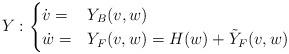
LaTeX: \begin{align*}Y:\begin{cases}\dot v = & Y_B (v, w) \\\dot w = & Y_F (v,w)= H(w) + \tilde Y_F(v,w)\end{cases}\end{align*}